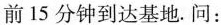
前15分钟到达基地。问：